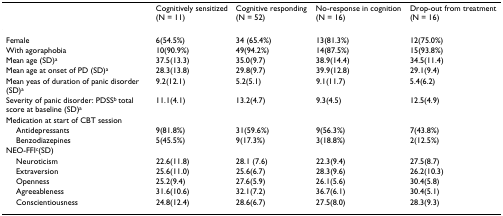
<table><thead><tr><td></td><td><b>Cognitively sensitized (N = 11)</b></td><td><b>Cognitive responding (N = 52)</b></td><td><b>No-response in cognition (N = 16)</b></td><td><b>Drop-out from treatment (N = 16)</b></td></tr></thead><tbody><tr><td>Female</td><td>6(54.5%)</td><td>34 (65.4%)</td><td>13(81.3%)</td><td>12(75.0%)</td></tr><tr><td>With agoraphobia</td><td>10(90.9%)</td><td>49(94.2%)</td><td>14(87.5%)</td><td>15(93.8%)</td></tr><tr><td>Mean age (SD)<sup>a</sup></td><td>37.5(13.3)</td><td>35.0(9.7)</td><td>38.9(14.4)</td><td>34.5(11.4)</td></tr><tr><td>Mean age at onset of PD (SD)<sup>a</sup></td><td>28.3(13.8)</td><td>29.8(9.7)</td><td>39.9(12.8)</td><td>29.1(9.4)</td></tr><tr><td>Mean yeas of duration of panic disorder (SD)<sup>a</sup></td><td>9.2(12.1)</td><td>5.2(5.1)</td><td>9.1(11.7)</td><td>5.4(6.2)</td></tr><tr><td>Severity of panic disorder: PDSS<sup>b </sup>total score at baseline (SD)<sup>a</sup></td><td>11.1(4.1)</td><td>13.2(4.7)</td><td>9.3(4.5)</td><td>12.5(4.9)</td></tr><tr><td>Medication at start of CBT session</td><td></td><td></td><td></td><td></td></tr><tr><td> Antidepressants</td><td>9(81.8%)</td><td>31(59.6%)</td><td>9(56.3%)</td><td>7(43.8%)</td></tr><tr><td> Benzodiazepines</td><td>5(45.5%)</td><td>9(17.3%)</td><td>3(18.8%)</td><td>2(12.5%)</td></tr><tr><td>NEO-FFI<sup>c</sup>(SD)</td><td></td><td></td><td></td><td></td></tr><tr><td> Neuroticism</td><td>22.6(11.8)</td><td>28.1 (7.6)</td><td>22.3(9.4)</td><td>27.5(8.7)</td></tr><tr><td> Extraversion</td><td>25.6(11.0)</td><td>25.6(6.7)</td><td>28.3(9.6)</td><td>26.2(10.3)</td></tr><tr><td> Openness</td><td>25.2(9.4)</td><td>27.6(5.9)</td><td>26.1(5.6)</td><td>30.4(5.8)</td></tr><tr><td> Agreeableness</td><td>31.6(10.6)</td><td>32.1(7.2)</td><td>36.7(6.1)</td><td>30.4(5.1)</td></tr><tr><td> Conscientiousness</td><td>24.8(12.4)</td><td>28.6(6.7)</td><td>27.5(8.0)</td><td>28.3(9.3)</td></tr></tbody></table>